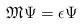
\begin{align*}\mathfrak{M}\Psi=\epsilon \Psi\end{align*}